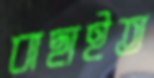
বাছাইত